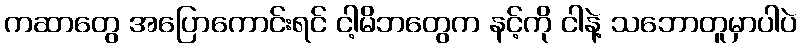
ကဆာတွေ အပြောကောင်းရင် ငါ့မိဘတွေက နင့်ကို ငါနဲ့ သဘောတူမှာပါပဲ